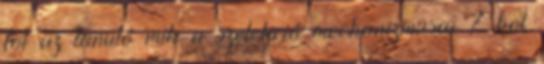
föl az tanuló mik a szelekció mechanizmusai ? hol